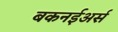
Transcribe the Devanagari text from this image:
बकनईअर्स